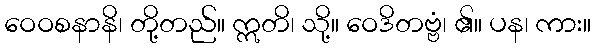
ဝေဝစနာနိ၊ တို့တည်။ ဣတိ၊ သို့။ ဝေဒိတဗ္ဗံ၊ ၏။ ပန၊ ကား။